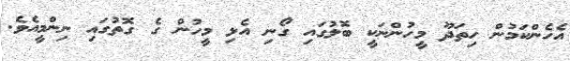
އެހެންކަމުން ހިތަދޫ މީހުންނަކީ ބޮލުގައި ގޯނި އެޅި މީހުން ގެ ގޮތުގައި ނިންމީއެވެ.